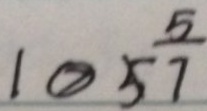
1 \textcircled { > } \frac { 5 } { 7 }